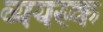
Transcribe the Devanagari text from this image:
व्ययस्क